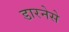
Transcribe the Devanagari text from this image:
डारनेसे